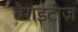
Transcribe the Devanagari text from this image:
बैराइटीज़